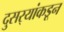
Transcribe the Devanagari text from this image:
दुसर्‍यांकडून